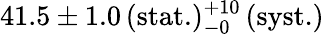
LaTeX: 41.5\pm 1.0\, (\mathrm{stat.})_{-0}^{+10}\, (\mathrm{syst.})